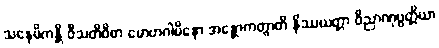
သနေမိကန္တိ ဝီသတိဝိဓာ မောဟဂါမိနော အန္တောကတွာတိ နိဿယတ္တာ ဝိညာဏုပ္ပတ္တိယာ